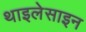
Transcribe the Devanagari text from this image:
थाइलेसाइन